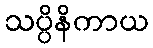
သပ္ပိနိကာယ